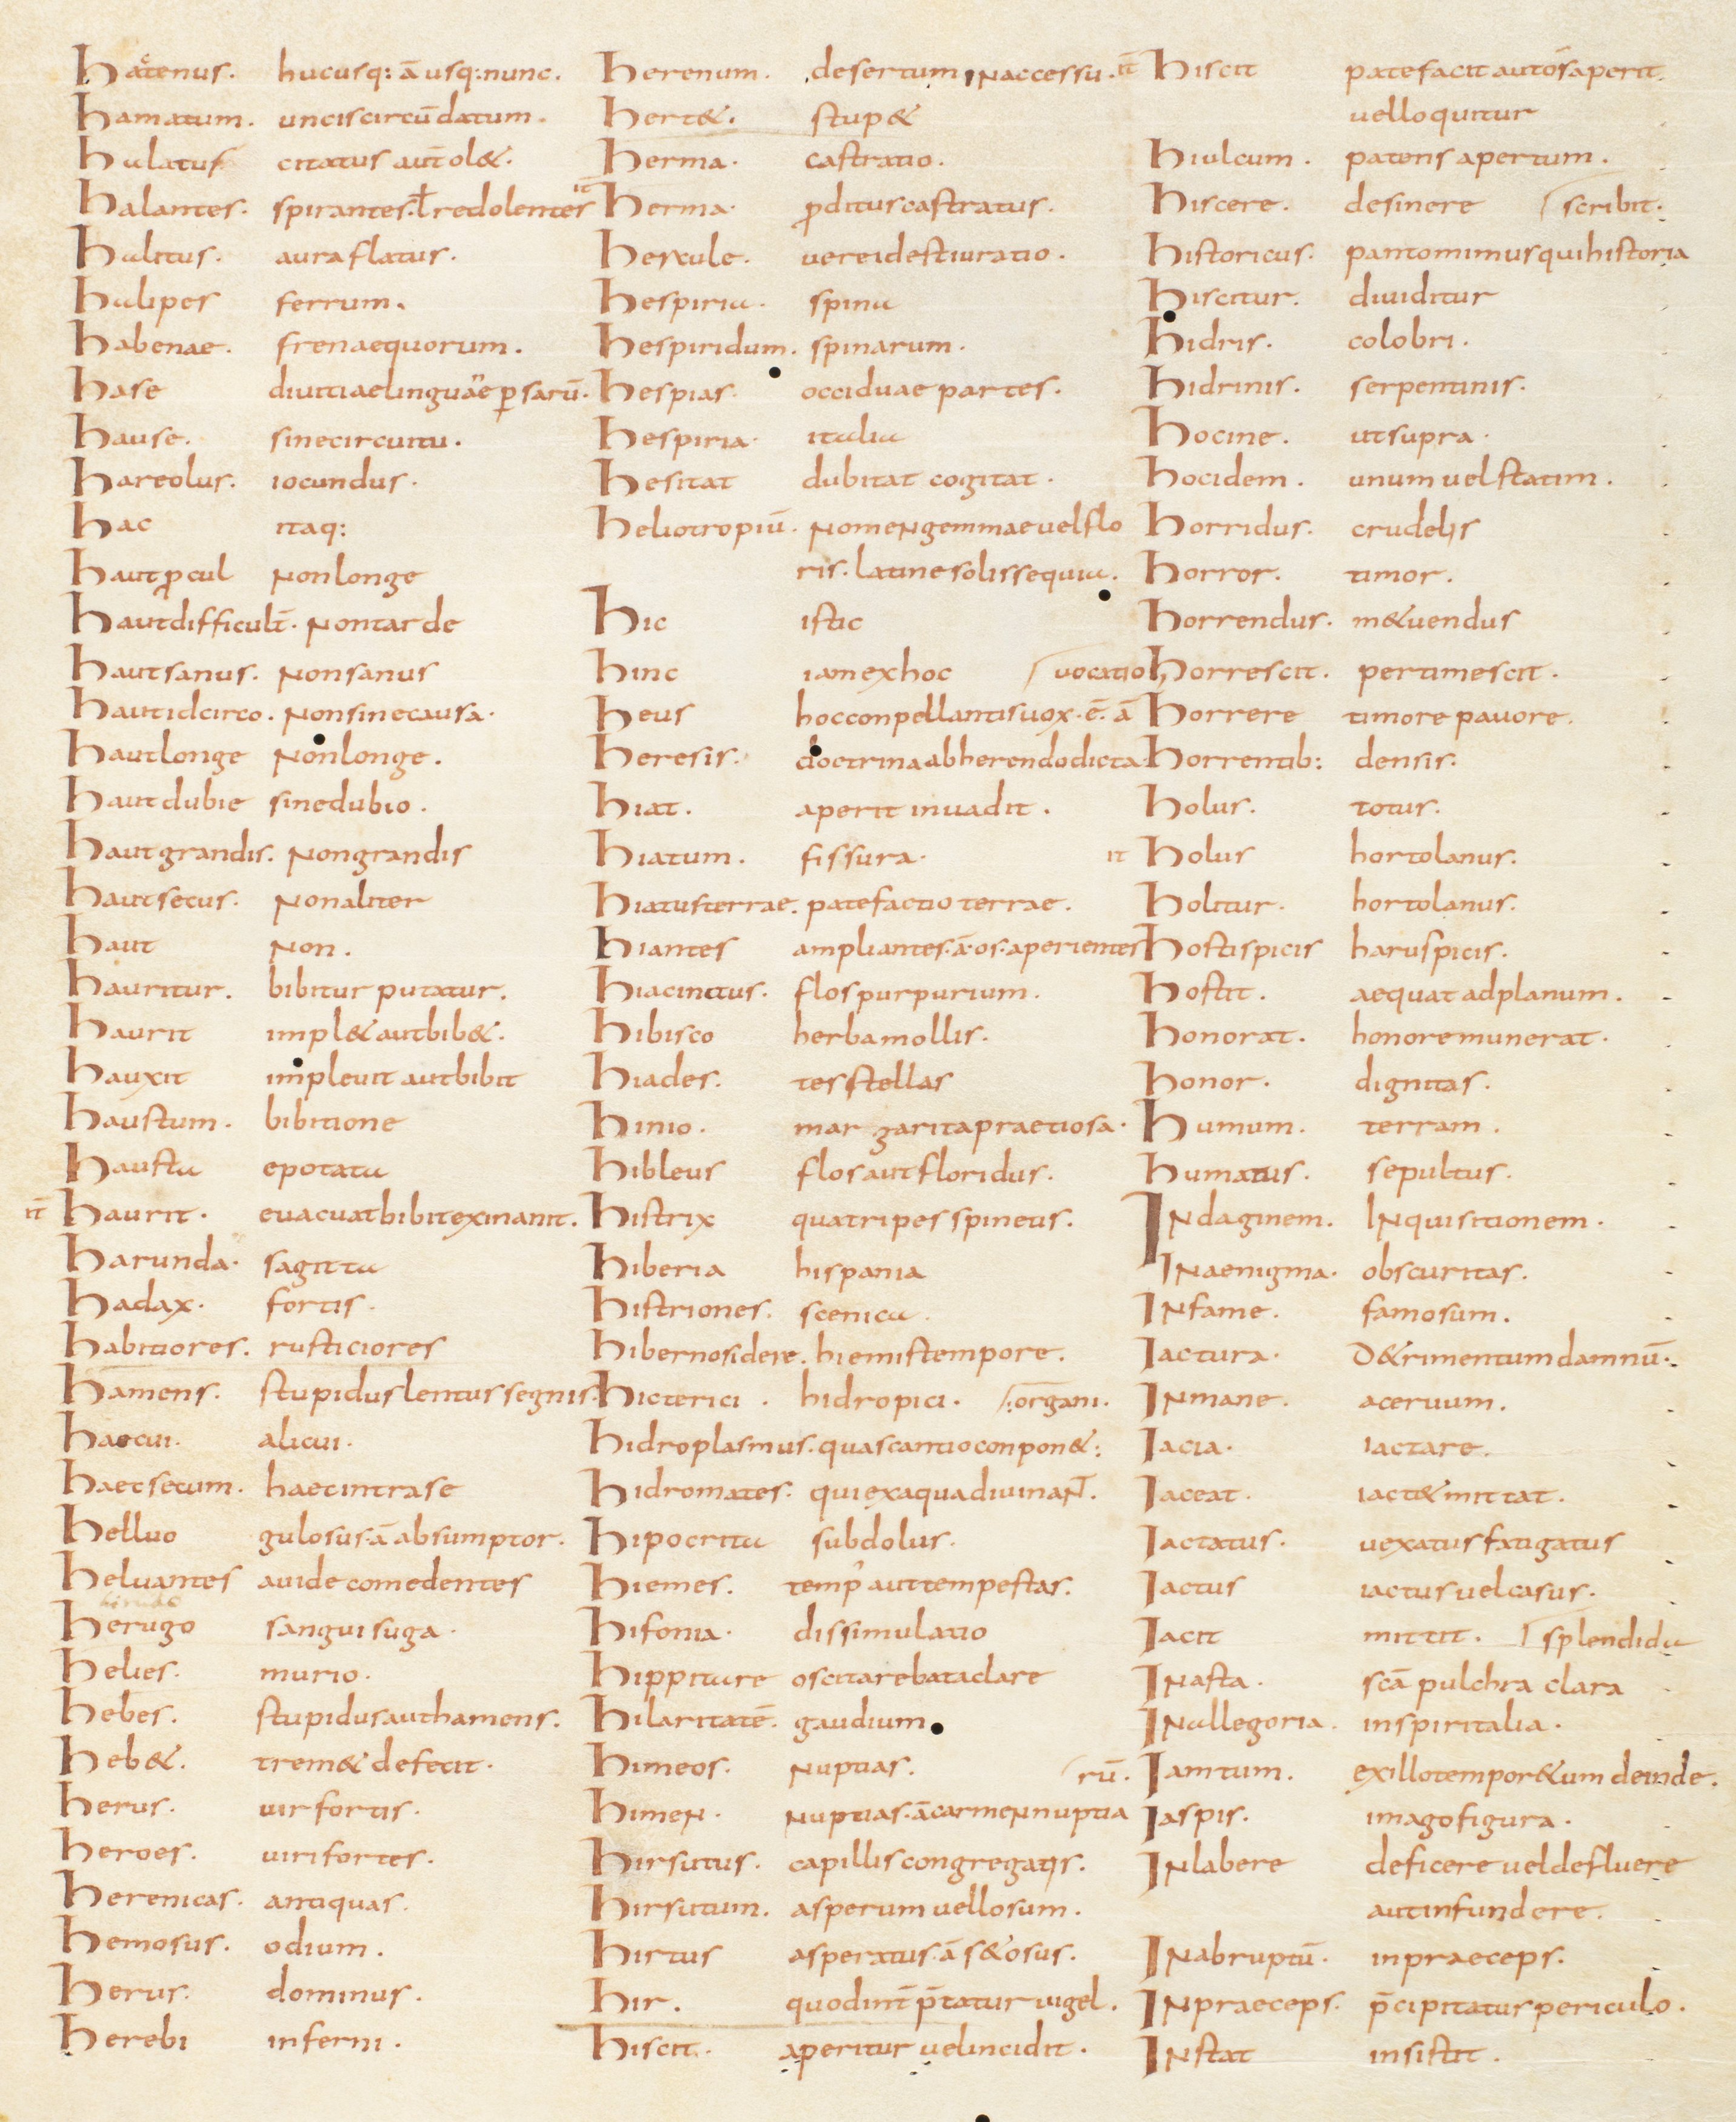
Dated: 800–829